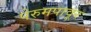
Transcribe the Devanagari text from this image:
पेरुमपावूर